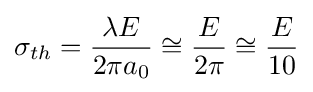
\sigma _{th}={\frac {\lambda E}{2\pi a_{0}}}\cong {\frac {E}{2\pi }}\cong {\frac {E}{10}}